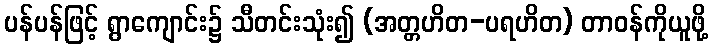
ပန်ပန်ဖြင့် ရွာကျောင်း၌ သီတင်းသုံး၍ (အတ္တဟိတ-ပရဟိတ) တာဝန်ကိုယူဖို့